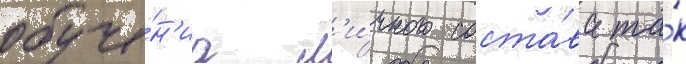
обуче́н'иа л'и́чного соста́ва та́к